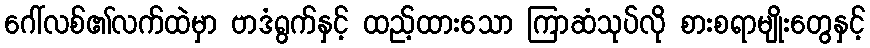
ဂေါ်လစ်၏လက်ထဲမှာ ဗာဒံရွက်နှင့် ထည့်ထားသော ကြာဆံသုပ်လို စားစရာမျိုးတွေနှင့်